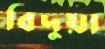
বিদুয়া